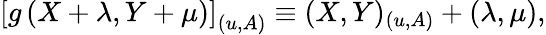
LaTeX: \left[g\left(X+\lambda,Y+\mu\right)\right]_{(u,A)}\equiv(X,Y)_{(u,A)}+(\lambda,\mu),